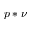
p \ast \nu